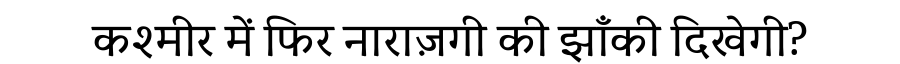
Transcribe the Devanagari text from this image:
कश्मीर में फिर नाराज़गी की झाँकी दिखेगी?